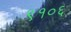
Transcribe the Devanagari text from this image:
९१०६